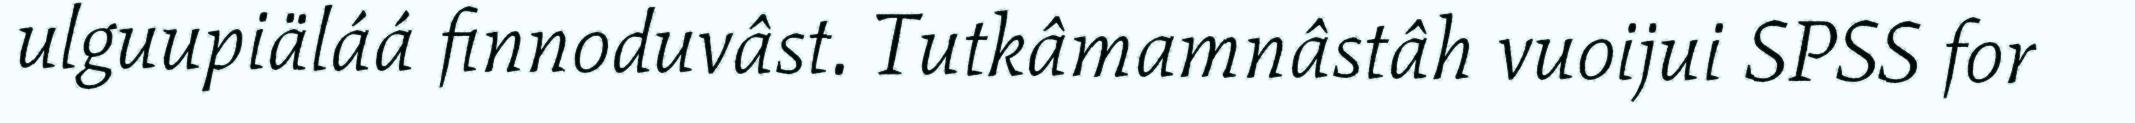
ulguupiäláá finnoduvâst. Tutkâmamnâstâh vuoijui SPSS for